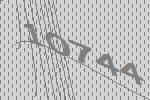
10744